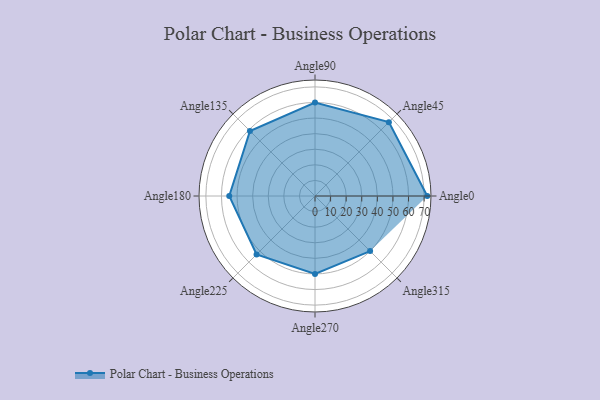
{"axis": {"x": "Angle", "y": "Radius"}, "legend": [""], "data": [{"x": "Angle0", "y": 72.0, "type": ""}, {"x": "Angle45", "y": 67.0, "type": ""}, {"x": "Angle90", "y": 60.0, "type": ""}, {"x": "Angle135", "y": 59.0, "type": ""}, {"x": "Angle180", "y": 55.0, "type": ""}, {"x": "Angle225", "y": 53.0, "type": ""}, {"x": "Angle270", "y": 50, "type": ""}, {"x": "Angle315", "y": 50, "type": ""}]}